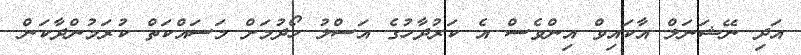
އަދި ނޭޝަނަލް އާކައިވް އިންވެސް އެ ކަރުދާހުގެ އަސްލު ހޯދުމަށް މަސައްކަތް ކުރަމުންދާކަން